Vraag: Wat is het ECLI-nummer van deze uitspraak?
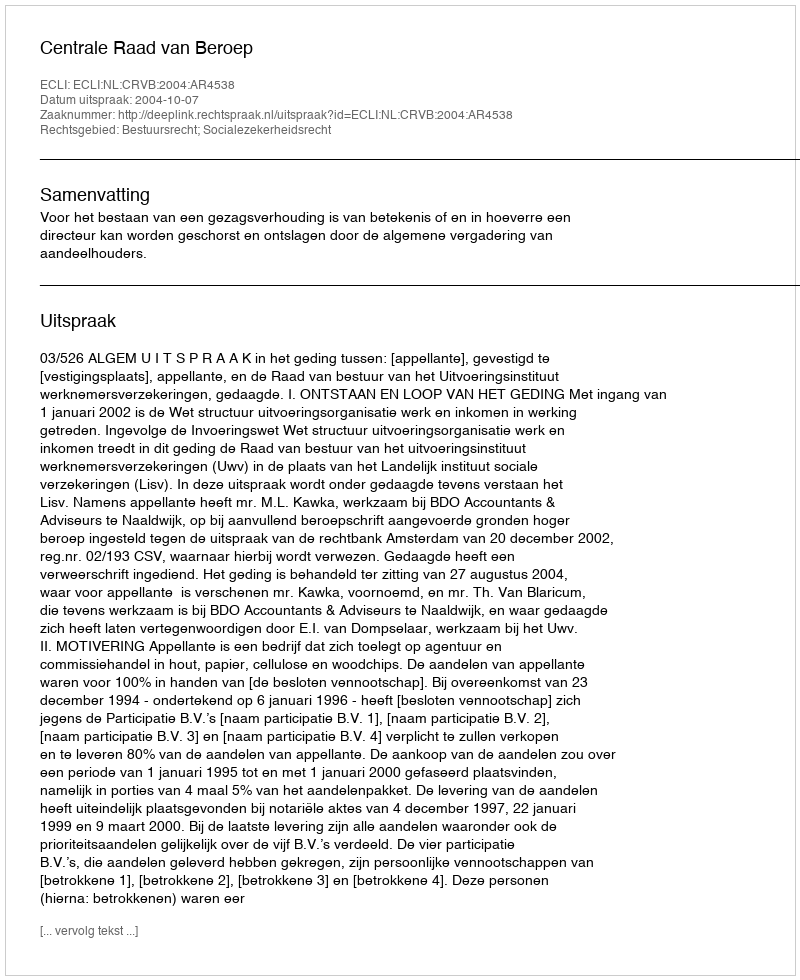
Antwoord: ECLI:NL:CRVB:2004:AR4538